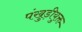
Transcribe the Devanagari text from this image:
पंखुड़ीयुक्त